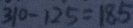
3 1 0 - 1 2 5 = 1 8 5